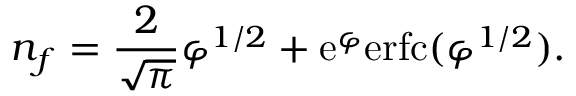
n _ { f } = { \frac { 2 } { \sqrt { \pi } } } \varphi ^ { 1 / 2 } + \mathrm { e } ^ { \varphi } \mathrm { e r f c } ( \varphi ^ { 1 / 2 } ) .